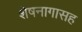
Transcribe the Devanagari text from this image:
शेषनागासह